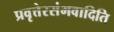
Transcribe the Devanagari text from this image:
प्रवृत्तेरसंभवादिति